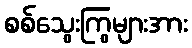
စစ်သွေးကြွများအား